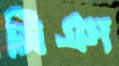
মিঞা